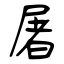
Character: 屠